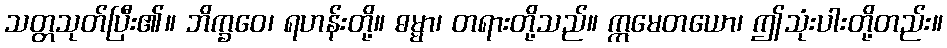
သတ္တသုတ်ပြီး၏။ ဘိက္ခဝေ၊ ရဟန်းတို့။ ဓမ္မာ၊ တရားတို့သည်။ ဣမေတယော၊ ဤသုံးပါးတို့တည်း။